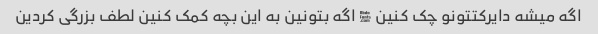
اگه میشه دایرکتتونو چک کنین � اگه بتونین به این بچه کمک کنین لطف بزرگی کردین